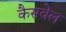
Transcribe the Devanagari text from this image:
कैसवेल